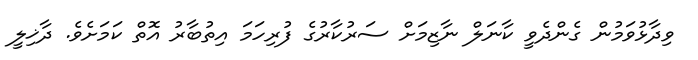
ވިދާޅުވަމުން ގެންދެވީ ކާނަލް ނާޒިމަށް ސަރުކާރުގެ ފުރިހަމަ އިތުބާރު އޮތް ކަމަށެވެ. ދާޚިލީ